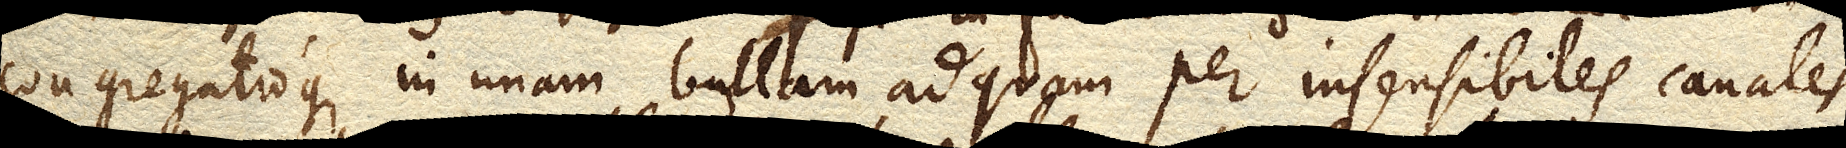
congregatioque in unam bullam, ad quam per insensibiles canales